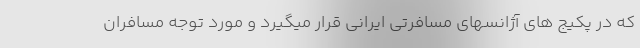
که در پکیج های آژانسهای مسافرتی ایرانی قرار میگیرد و مورد توجه مسافران